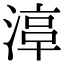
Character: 𣹾